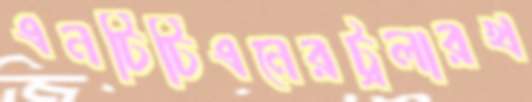
এনটিটিএনেরট্রলারখ